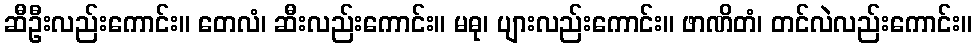
ဆီဦးလည်းကောင်း။ တေလံ၊ ဆီးလည်းကောင်း။ မဓု၊ ပျားလည်းကောင်း။ ဖာဏိတံ၊ တင်လဲလည်းကောင်း။